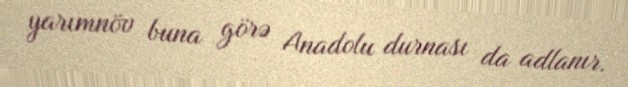
yarımnöv buna görə Anadolu durnası da adlanır.